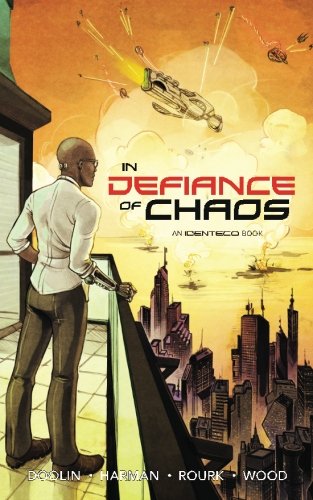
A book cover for In Defiance of Chaos; Shawn Rourk; Science Fiction & Fantasy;